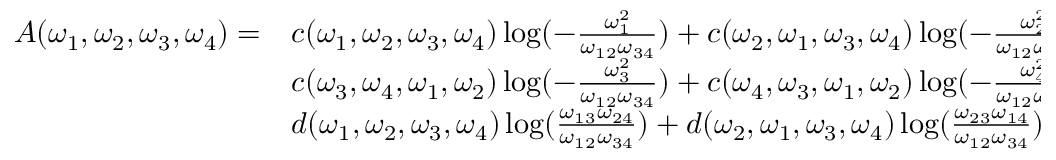
\begin{array} { l l l } { { A ( \omega _ { 1 } , \omega _ { 2 } , \omega _ { 3 } , \omega _ { 4 } ) = } } & { { c ( \omega _ { 1 } , \omega _ { 2 } , \omega _ { 3 } , \omega _ { 4 } ) \log ( { - \frac { \omega _ { 1 } ^ { 2 } } { \omega _ { 1 2 } \omega _ { 3 4 } } } ) + c ( \omega _ { 2 } , \omega _ { 1 } , \omega _ { 3 } , \omega _ { 4 } ) \log ( { - \frac { \omega _ { 2 } ^ { 2 } } { \omega _ { 1 2 } \omega _ { 3 4 } } } ) + } } \\ { { } } & { { c ( \omega _ { 3 } , \omega _ { 4 } , \omega _ { 1 } , \omega _ { 2 } ) \log ( { - \frac { \omega _ { 3 } ^ { 2 } } { \omega _ { 1 2 } \omega _ { 3 4 } } } ) + c ( \omega _ { 4 } , \omega _ { 3 } , \omega _ { 1 } , \omega _ { 2 } ) \log ( { - \frac { \omega _ { 4 } ^ { 2 } } { \omega _ { 1 2 } \omega _ { 3 4 } } } ) + } } \\ { { } } & { { d ( \omega _ { 1 } , \omega _ { 2 } , \omega _ { 3 } , \omega _ { 4 } ) \log ( { \frac { \omega _ { 1 3 } \omega _ { 2 4 } } { \omega _ { 1 2 } \omega _ { 3 4 } } } ) + d ( \omega _ { 2 } , \omega _ { 1 } , \omega _ { 3 } , \omega _ { 4 } ) \log ( { \frac { \omega _ { 2 3 } \omega _ { 1 4 } } { \omega _ { 1 2 } \omega _ { 3 4 } } } ) . } } \end{array}